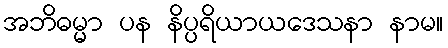
အဘိဓမ္မာ ပန နိပ္ပရိယာယဒေသနာ နာမ။